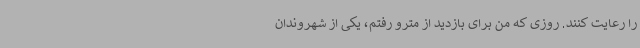
را رعایت کنند. روزی که من برای بازدید از مترو رفتم، یکی از شهروندان